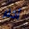
أكثر